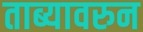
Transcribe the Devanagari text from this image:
ताब्यावरुन